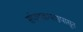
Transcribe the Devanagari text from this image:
संपादकपदापासून